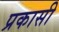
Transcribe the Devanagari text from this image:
प्रकासी